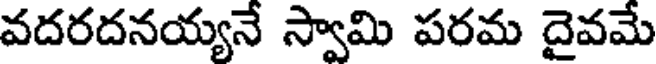
వదరదనయ్యనే స్వామి పరమ దైవమే